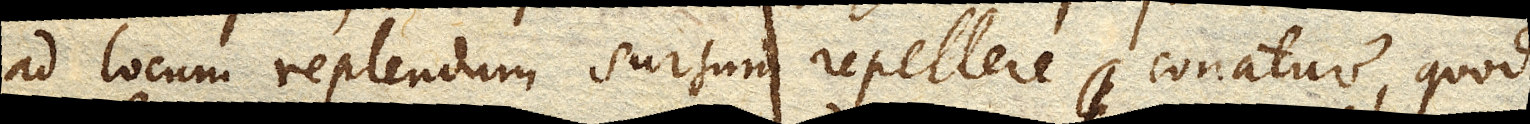
ad locum replendum sursum repellere conatur, quod